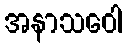
အနာသဝေါ